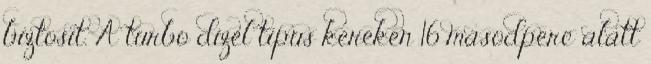
biztosít. A turbo dízel típus kereken 16 másodperc alatt